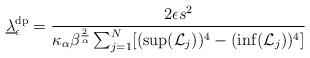
LaTeX: \begin{align*}\underline{\lambda}_{\epsilon}^{\textrm{dp}}=\frac{2\epsilon s^2}{\kappa_{\alpha}\beta^{\frac{2}{\alpha}}\sum_{j=1}^{N}[(\sup(\mathcal{L}_j))^4-(\inf(\mathcal{L}_j))^4]}\end{align*}